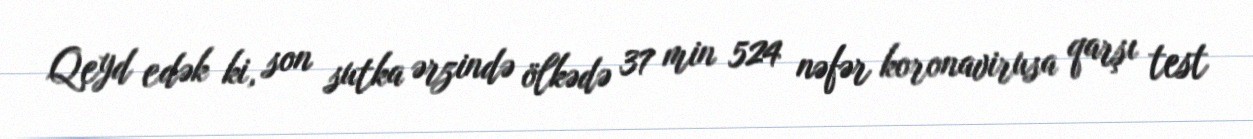
Qeyd edək ki, son sutka ərzində ölkədə 37 min 524 nəfər koronavirusa qarşı test